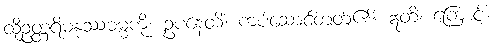
ထိုဥတ္တရိမနုဿဓမ္မကို။ ဥပနေတိ၊ ကပ်ဆောင်တတ်၏။ ဣတိ၊ ကြောင့်။